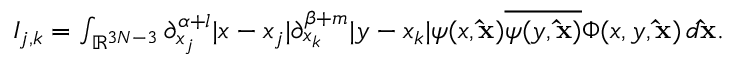
\begin{array} { r } { I _ { j , k } = \int _ { \mathbb { R } ^ { 3 N - 3 } } \partial _ { x _ { j } } ^ { \alpha + l } | x - x _ { j } | \partial _ { x _ { k } } ^ { \beta + m } | y - x _ { k } | \psi ( x , \mathbf { \hat { x } } ) \overline { { \psi ( y , \mathbf { \hat { x } } ) } } \Phi ( x , y , \mathbf { \hat { x } } ) \, d \mathbf { \hat { x } } . } \end{array}